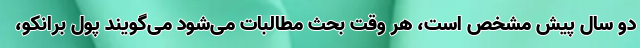
دو سال پیش مشخص است، هر وقت بحث مطالبات می‌شود می‌گویند پول برانکو،